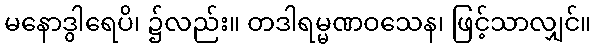
မနောဒွါရေပိ၊ ၌လည်း။ တဒါရမ္မဏဝသေန၊ ဖြင့်သာလျှင်။